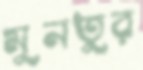
মুনতুর